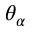
\theta _ { \alpha }